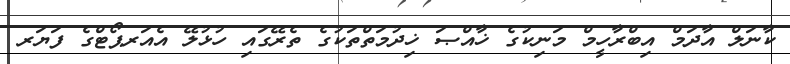
ކާނަލް އާދަމް އިބްރާހީމް މަނިކުގެ ޚާއްޞަ ޚިދުމަތްތަކުގެ ތެރޭގައި ހުޅުލޭ އެއަރޕޯޓްގެ ފަޔަރ